Report of the Indian Hemp Drugs Commission, 1894-1895 - Volume VII
Year: 1894
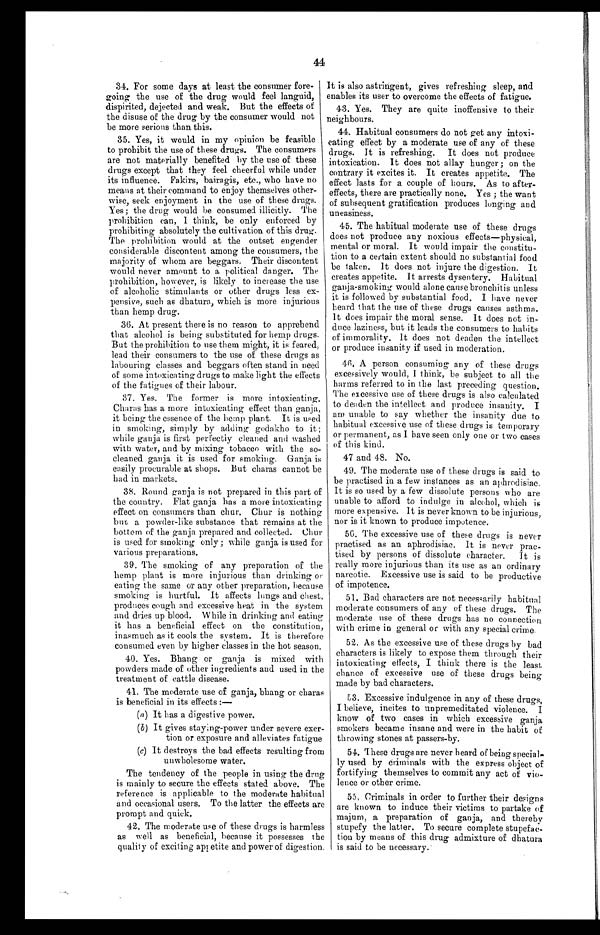
44
34. For some days at least the consumer fore
- g o i n g t h e u s e o f t h e d r u g w o u l d f e e l l a n g u i d ,
dispirited, dejected and weak. But the effects of
the disuse of the drug by the consumer would not
be more serious than this.
35. Yes, it would in my opinion be feasible
to prohibit the use of these drugs. The consumers
are not materially benefited by the use of these
drugs except that they feel cheerful while under
its influence. Fakirs, bairagis, etc., who have no
means at their command to enjoy themselves other
-wise, seek enjoyment in the use of these drugs.
Yes; the drug would be consumed illicitly. The
prohibition can, I think, be only enforced by
prohibiting absolutely the cultivation of this drug.
The prohibition would at the outset engender
considerable discontent among the consumers, the
majority of whom are beggars. Their discontent
would never amount to a political danger. The
prohibition, however, is likely to increase the use
of alcoholic stimulants or other drugs less ex
-pensive, such as dhatura, which is more injurious
than hemp drug.
36. At present there is no reason to apprehend
that alcohol is being substituted for hemp drugs.
But the prohibition to use them might, it is feared,
lead their consumers to the use of these drugs as
labouring classes and beggars often stand in need
of some intoxicating drugs to make light the effects
of the fatigues of their labour.
37. Yes. The former is more intoxicating.
Charas has a more intoxicating effect than ganja,
it being the essence of the hemp plant. It is used
in smoking, simply by adding godakho to it;
while ganja is first perfectly cleaned and washed
with water, and by mixing tobacco with the so
- c l e a n e d g a n j a i t i s u s e d f o r s m o k i n g . G a n j a i s
easily procurable at shops. But charas cannot be
had in markets.
38. Round ganja is not prepared in this part of
the country. Flat ganja has a more intoxicating
effect on consumers than chur. Chur is nothing
hue a powder-like substance that remains at the
bottom of the ganja prepared and collected. Chur
is used for smoking only; while ganja is used for
various preparations.
39. The smoking of any preparation of the
hemp plant is more injurious than drinking or
eating the same or any other preparation, because
smoking is hurtful. It affects lungs and chest,
produces cough and excessive heat in the system
and dries up blood. While in drinking and eating
it has a beneficial effect on the constitution,
inasmuch as it cools the system. It is therefore
consumed even by higher classes in the hot season.
40. Yes. Bhang or ganja is mixed with
powders made of other ingredients and used in the
treatment of cattle disease.
41. The moderate use of ganja, bhang or charas
is beneficial in its effects : —
( a ) I t h a s a d i g e s t i v e p o w e r .
(b) It gives staying-power under severe exer
-tion or exposure and alleviates fatigue
( c ) I t d e s t r o y s t h e b a d e f f e c t s r e s u l t i n g f r o m
unwholesome water.
The tendency of the people in using the drug
is mainly to secure the effects stated above. The
reference is applicable to the moderate habitual
and occasional users. To the latter the effects are
prompt and quick.
42. The moderate use of these drugs is harmless
as well as beneficial, because it possesses the
quality of exciting appetite and power of digestion.
It is also astringent, gives refreshing sleep, and
enables its user to overcome the effects of fatigue.
43. Yes. They are quite inoffensive to their
neighbours.
44. Habitual consumers do not get any intoxi
- c a t i n g e f f e c t b y a m o d e r a t e u s e o f a n y o f t h e s e
drugs. It is refreshing. It does not produce
intoxication. It does not allay hunger; on the
contrary it excites it. It creates appetite. The
effect lasts for a couple of hours. As to after-
- e f f e c t s , t h e r e a r e p r a c t i c a l l y n o n e .Y
e s
; t h e w a n t
of subsequent gratification produces longing and
uneasiness.
45. The habitual moderate use of these drugs
does not produce any noxious effects—physical,
mental or moral. It would impair the constitu--
tion to a certain extent should no substantial food
be taken. It does not injure the digestion. It
creates appetite. It arrests dysentery. Habitual
ganja-smoking. would alone cause bronchitis unless
it is followed by substantial food. I have never
heard that the use of these drugs causes asthma.
It does impair the moral sense. It does not in-
- d u c e l a z i n e s s , b u t i t l e a d s t h e c o n s u m e r s t o h a b i t s
of immorality. It does not deaden the intellect
or produce insanity if used in moderation.
46. A person consuming any of these drugs
excessively would, I think, be subject to all the
harms referred to in the last preceding question.
The excessive use of these drugs is also calculated
to deaden the intellect and produce insanity. I
am unable to say whether the insanity due to
habitual excessive use of these drugs is temporary
or permanent, as I have seen only one or two cases
of this kind.
47 and 48. No.
4 9 . T h e m o d e r a t e u s e o f t h e s e d r u g s i s s a i d t o
be practised in a few instances as an aphrodisiac.
It is so used by a few dissolute persons who are
unable to afford to indulge in alcohol, which is
more expensive. It is never known to be injurious,
nor is it known to produce impotence.
50. The excessive use of these drugs is never
practised as an aphrodisiac. It is never prac-
- t i s e d b y p e r s o n s o f d i s s o l u t e c h a r a c t e r . I t i s
really more injurious than its use as an ordinary
narcotic. Excessive use is said to be productive
of impotence.
51. Bad characters are not necessarily habitual
moderate consumers of any of these drugs. The
moderate use of these drugs has no connection
with crime in general or with any special crime.
52. As the excessive use of these drugs by bad
characters is likely to expose them through their
intoxicating effects, I think there is the least
chance of excessive use of these drugs being
made by bad characters.
53. Excessive indulgence in any of these drugs,
I believe, incites to unpremeditated violence. I
know of two cases in which excessive ganja
smokers became insane and were in the habit of
throwing stones at passers-by.
54. These drugs are never heard of being special-
ly used by criminals with the express object of
fortifying themselves to commit any act of vio-
- l e n c e o r o t h e r c r i m e .
55. Criminals in order to further their designs
are known to induce their victims to partake of
majum, a preparation of ganja, and thereby
stupefy the latter. To secure complete stupefac-
- t i o n b y m e a n s o f t h i s d r u g a d m i x t u r e o f d h a t u r a
is said to be necessary.